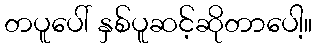
တပူပေါ် နှစ်ပူဆင့်ဆိုတာပေါ့။